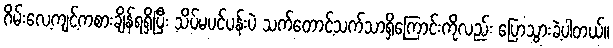
ဂိမ်းလေ့ကျင့်ကစားချိန်ရရှိပြီး သိပ်မပင်ပန်းပဲ သက်တောင့်သက်သာရှိကြောင်းကိုလည်း ပြောသွားခဲ့ပါတယ်။